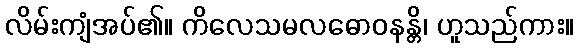
လိမ်းကျံအပ်၏။ ကိလေသမလဓောဝနန္တိ၊ ဟူသည်ကား။